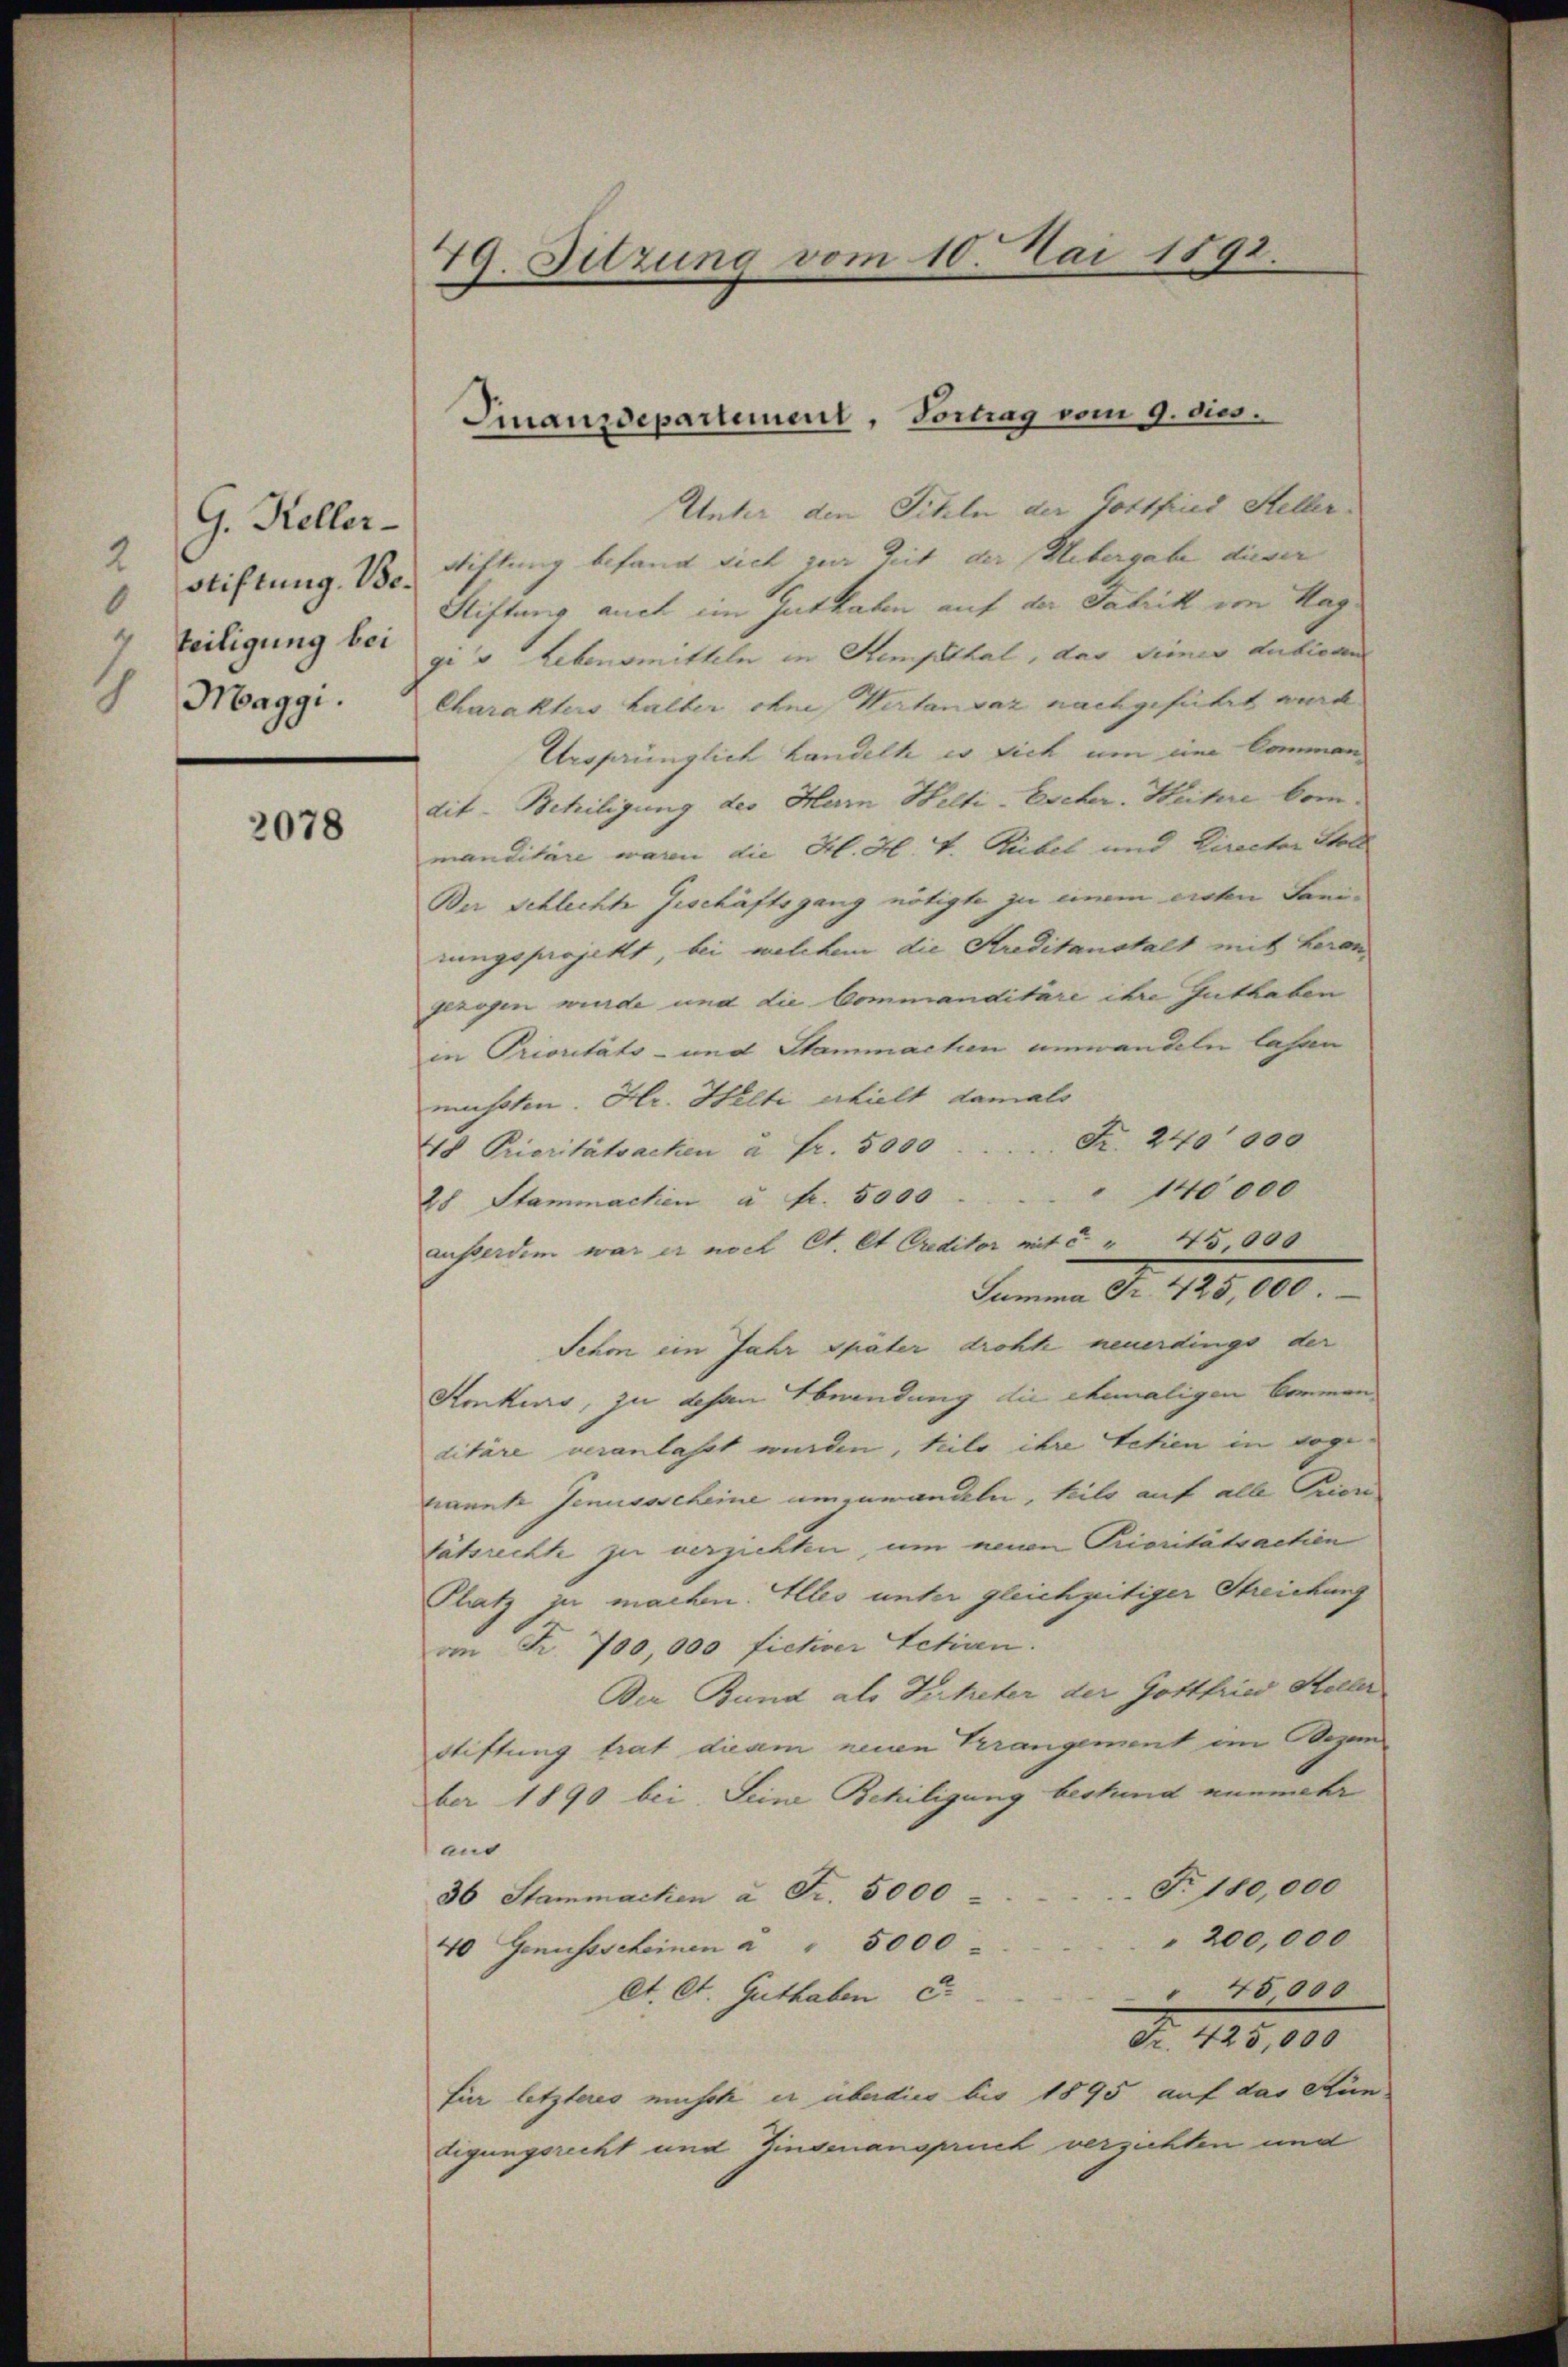
G. Keller-
2
 Stiftung. Beteiligung bei
Maggi.

2078

79. Sitzung vom 10. Mai 1892.

Unter den Titeln der Gottfried Heller
Stiftung befand sich zur Zeit der Uebergabe dieser
Stiftung auch im Guthaben auf der Fabrik in Hag
gi von Lebensmitteln in Stempthal, das Semes dubieren
Charakters halter ohne Wertanvaz nachgeführt wurd
Ursprünglich Landelt es sich um eine Commandit- Beihiligung des Herrn Welti-Escher. Heitere kom
manditäre waren die K. H. V. Rübel und Directer Stell
Der Schlechte Geschäftsgang nötigte zu einem ersten Sanirungsprojekt, bei welchem die Kreditanstalt mit Leron
gezogen wurde und die Commanditäre ihre Guthaben
in Prioritäts- und Stammachen umwandeln laßen
müschen. Hr. Helti erhielt damals
48 Prioritätsachen à Fr. 5000 Fr. 240 000
28 Stammachen u. fr. 5000 . . . 140000
ausserdem war er noch Ct. et Creditor mit c. " 45,000
Jammen Fr. 188, 100.
Schon ein Jahr später drohte neuerdings der
Konkurs, zu desen Abwendung die ehemaligen Commen
ditäre veranlasst wurden, heils ihre tetien in soge-
nannte Genussscheine umzuwandeln, keilo auf alle Prior
tätsrechte zu verzichten, um neuen Prioritätsactien
Platz zu machen. Alles unter gleichzeitiger Streichung
von Fr. 700,000 fichver Schiren.
Der Bund als Dekreter der Gottfried Steller
Stiftung trat dieam neuen Krangement im Dezem
ber 1890 bei Seine Behiligung bestand nunmehr
and
No. 180,000
36 Stammachen à Fr. 5000
200,000
40 Genussscheinen à " 5000
18,000
et. St. Guthaben c.
Fr. 425,000
für letzteres musste er überdies bis 1895 auf das Kün-
digungsrecht und Zinsenanspruch versichten und

Finanzdepartement, Vortrag vom 9. dies.